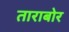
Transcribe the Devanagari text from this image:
ताराबोर